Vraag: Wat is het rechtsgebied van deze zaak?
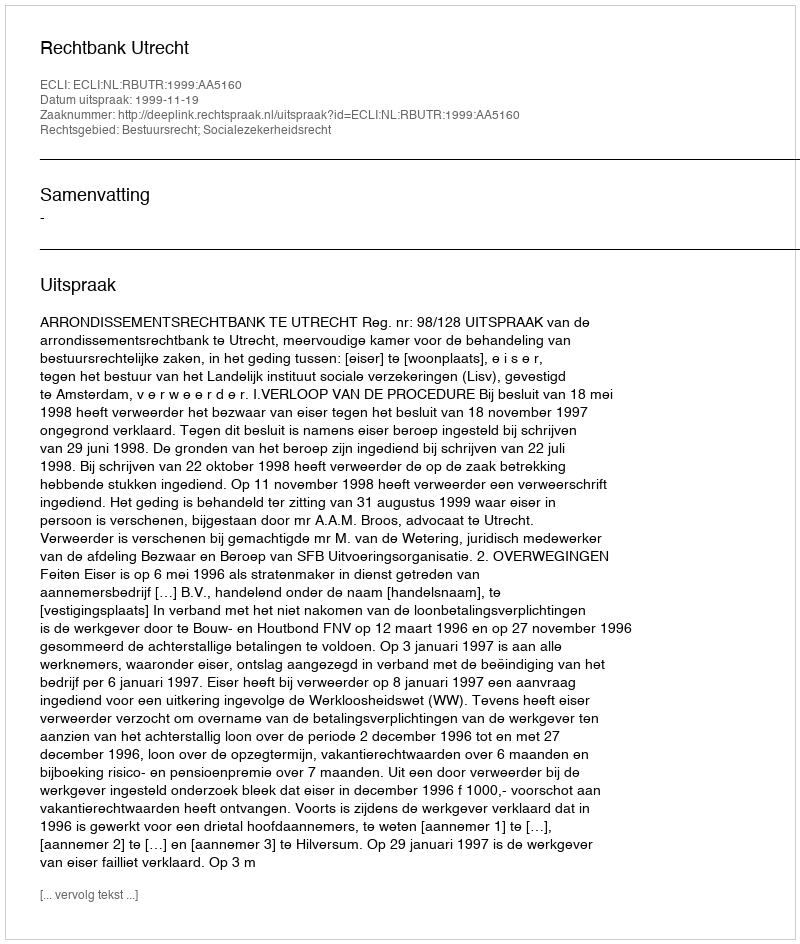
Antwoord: Bestuursrecht; Socialezekerheidsrecht